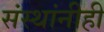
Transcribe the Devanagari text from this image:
संस्थांनीही